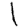
Digit: 1